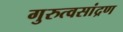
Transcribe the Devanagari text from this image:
गुरुत्वसांद्रण